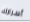
أسرارك